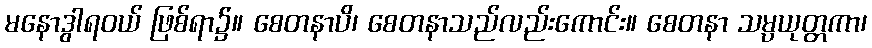
မနောဒွါရဝယ် ဖြစ်ရာ၌။ စေတနာပိ၊ စေတနာသည်လည်းကောင်း။ စေတနာ သမ္ပယုတ္တကာ၊